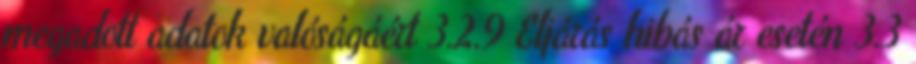
megadott adatok valóságáért 3.2.9 Eljárás hibás ár esetén 3.3